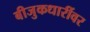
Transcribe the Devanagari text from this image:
बीजुकधारींवर